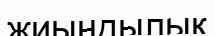
жиындылық